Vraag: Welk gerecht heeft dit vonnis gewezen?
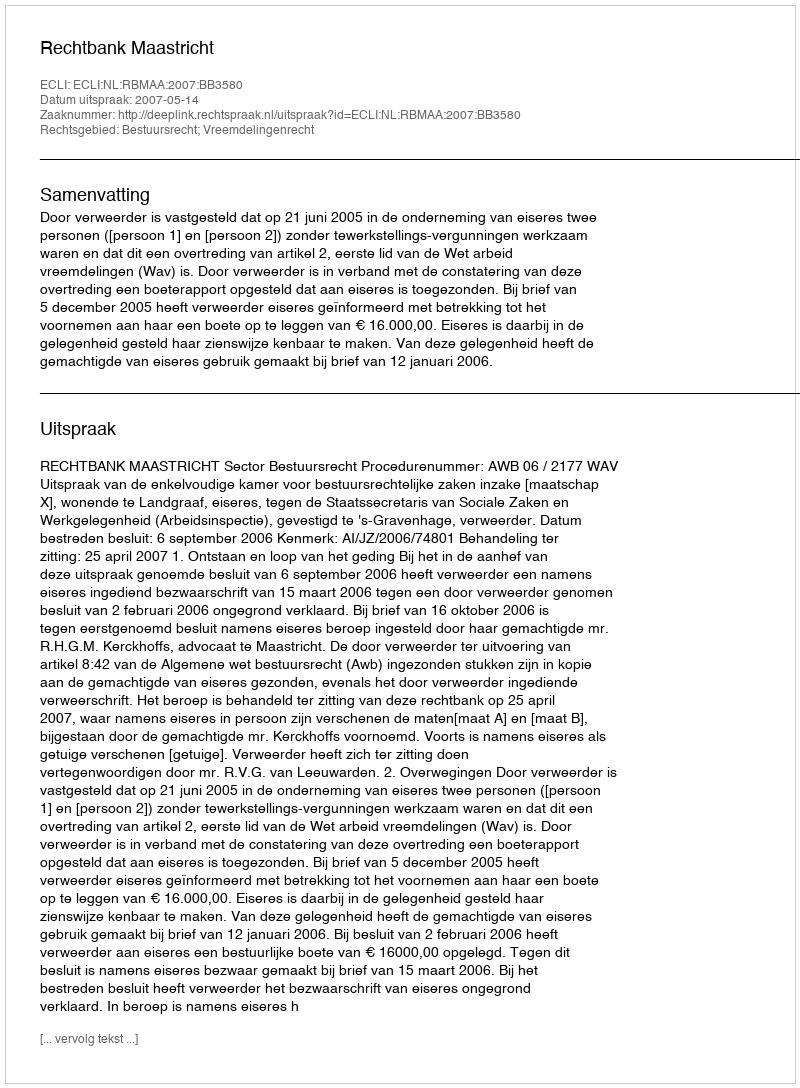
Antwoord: Rechtbank Maastricht